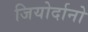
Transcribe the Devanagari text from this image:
जियोर्दानो